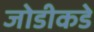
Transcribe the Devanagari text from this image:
जोडीकडे